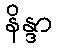
နိန္ဒာ